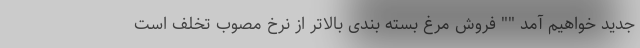
جدید خواهیم آمد "" فروش مرغ بسته بندی بالاتر از نرخ مصوب تخلف است